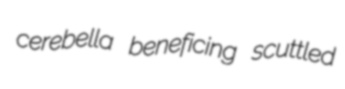
cerebella beneficing scuttled